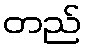
တည်